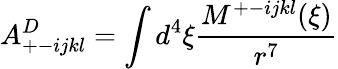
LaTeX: A_{+-ijkl}^{D}=\int d^{4}\xi\frac{M^{+-ijkl}(\xi)}{r^{7}}